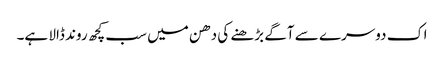
اک دوسرے سے آگے بڑھنے کی دھن میں سب کچھ روند ڈالا ہے۔